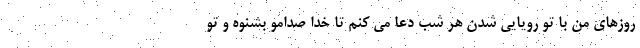
روزهای من با تو رویایی شدن هر شب دعا می کنم تا خدا صدامو بشنوه و تو